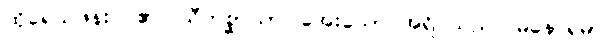
ထိုရေသဖန်းပင်၏။ သီတစ္ဆာယာ၊ အေးသော အရိပ်သည်။ မနောရမာ၊